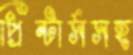
প্রিন্টার্সসহ